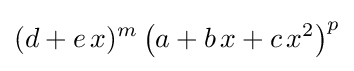
(d+e\,x)^{m}\left(a+b\,x+c\,x^{2}\right)^{p}